Lunatic asylums in Bengal annual reports 1899-1911 - 1899-1911
Year: 1899
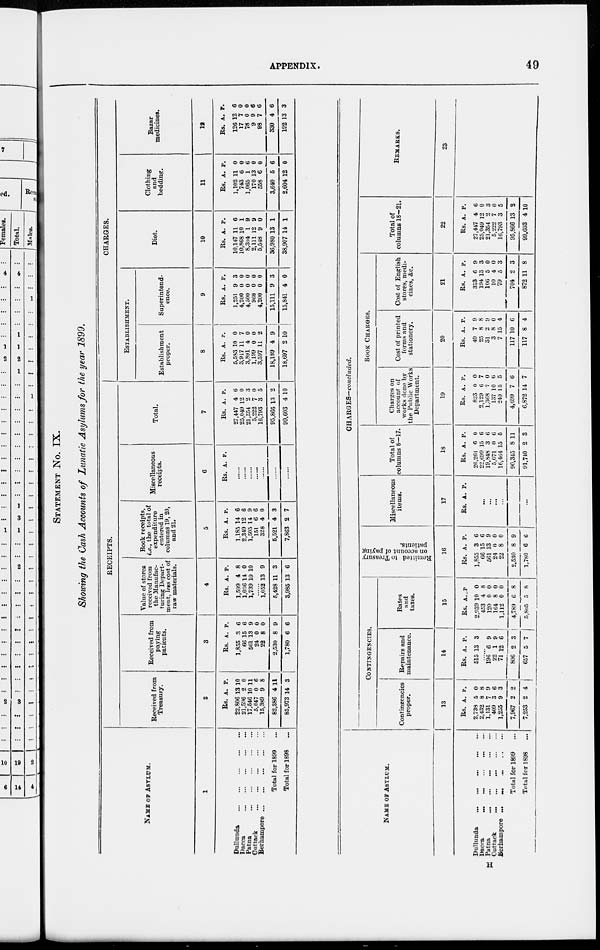
APPENDIX.
49
STATEMENT No. IX.
Showing the Cash Accounts of Lunatic Asylums for the year 1899.
NAME OF ASYLUM.
1
Dullunda ... ...
Dacca ... ...
Patna ... ...
Cuttack ... ...
Berhampore ... ...
Total for 1899 ...
Total for 1898 ...
RECEIPTS.
Received from
Treasury.
2
Rs.
22,806
21,596
17,546
5,047
15,389
82,386
85,973
A.
13
2
10
0
9
4
14
P.
10
0
11
6
8
11
3
Received from
paying
patients.
3
Rs.
1,855
66
561
24
22
2,530
1,780
A.
3
15
13
0
8
8
6
P.
6
6
9
0
0
9
6
Value of stores
received from
the Manufac-
turing Depart-
ment, less cost of
raw materials.
4
Rs.
1,599
1 036
1,739
A.
4
11
10
P.
8
0
10
......
1,052
5,428
3,985
13
11
13
9
3
6
Book receipts,
i.e., the total of
expenditure
entered in
columns 19, 20,
and 21.
5
Rs.
1,185
2 349
1,505
151
328
5,521
7,863
A.
14
12
14
6
4
4
2
P.
6
6
9
6
0
3
7
Miscellaneous
receipts.
6
Rs. A. P.
......
......
......
......
......
......
......
Total.
7
Rs.
27,447
25,049
21,354
5,222
16,793
95,866
99,603
A.
4
12
2
7
3
13
4
P.
6
0
3
0
5
2
10
CHARGES.
ESTABLISHMENT.
Establishment
proper.
8
Rs.
5,583
3,917
3,891
1,199
3,597
18,189
18,697
A.
10
11
4
0
11
4
2
P.
0
7
0
0
2
9
10
Superintend-
ence.
9
Rs.
1,251
4,200
4,500
960
4,200
15,111
15,841
A.
9
0
0
0
0
9
4
P.
3
0
0
0
0
3
0
Diet.
10
Rs.
10,147
10,868
8,394
2,111
5,548
36,980
38,907
A.
11
10
1
12
9
13
14
P.
6
1
9
9
0
1
1
Clothing
and
bedding.
11
Rs.
1,102
743
1,065
170
558
3,640
2,604
A.
11
6
1
13
6
6
12
P.
0
0
6
0
0
6
0
Bazar
medicines.
12
Rs.
126
17
78
9
98
330
192
A.
12
7
0
9
7
4
13
P.
6
0
0
6
6
6
3
NAME OF ASYLUM.
Dullunda ... ... ... ... ...
Dacca ... ... ... ... ... ...
Patna ... ... ... ... ... ...
Cuttack
...
...
...
...
...
...
Berhampore ... ... ... ...
Total for 1899 ...
Total for 1898 ...
CHARGES—concluded.
CONTINGENCIES.
Contingencies
proper.
13
Rs.
2,738
2,432
1,131
409
1,255
7,967
7,253
A.
5
8
7
3
9
2
2
P.
0
8
9
6
3
2
4
Repairs and
maintenance.
14
Rs.
515
A.
13
P.
3
......
196
22
71
806
657
6
1
12
2
5
9
9
6
3
7
Rates
and
taxes.
15
Rs.
2,939
453
120
164
1,112
4,789
5,805
A.
10
4
0
8
0
6
5
P.
0
8
0
0
0
8
8
Remitted to Treasury
on account of paying
patients.
16
Rs.
1,855
66
561
24
22
2,530
1,780
A.
3
15
13
0
8
8
6
P.
6
6
9
0
0
9
6
Miscellaneous
items.
17
Rs. A. P.
...
...
...
...
...
...
...
Total of
columns 8—17.
18
Rs.
26,261
22,699
19,848
5,071
16,464
90,345
91,740
A.
6
15
3
0
15
8
2
P.
0
6
6
6
5
11
3
BOOK CHARGES.
Charges on
account of
works done by
the Public Works
Department.
19
Rs.
823
2,129
1,368
137
240
4,699
6,872
A.
0
6
7
10
15
7
14
P.
0
7
0
6
5
6
7
Cost of printed
forms and
stationery.
20
Rs.
49
25
31
3
7
117
117
A.
7
8
2
8
15
10
8
P.
9
8
9
0
4
6
4
Cost of English
stores, medi-
cines, &c.
21
Rs.
313
194
106
10
79
704
872
A.
6
13
5
4
5
2
11
P.
9
3
0
0
3
3
8
Total of
columns 18—21.
22
Rs.
27,447
25,049
21,354
5,222
16,793
95,866
99,603
A.
4
12
2
7
3
13
4
P.
6
0
3
0
5
2
10
REMARKS.
23
H